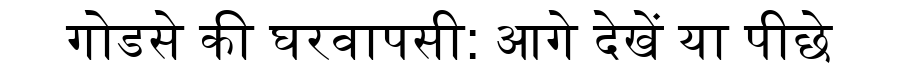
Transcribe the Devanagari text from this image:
गोडसे की घरवापसी: आगे देखें या पीछे